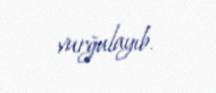
vurğulayıb.